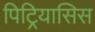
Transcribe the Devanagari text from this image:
पिट्रियासिस